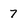
Character: 7